Petseri_perekonnanimede_kartoteek, lk 2
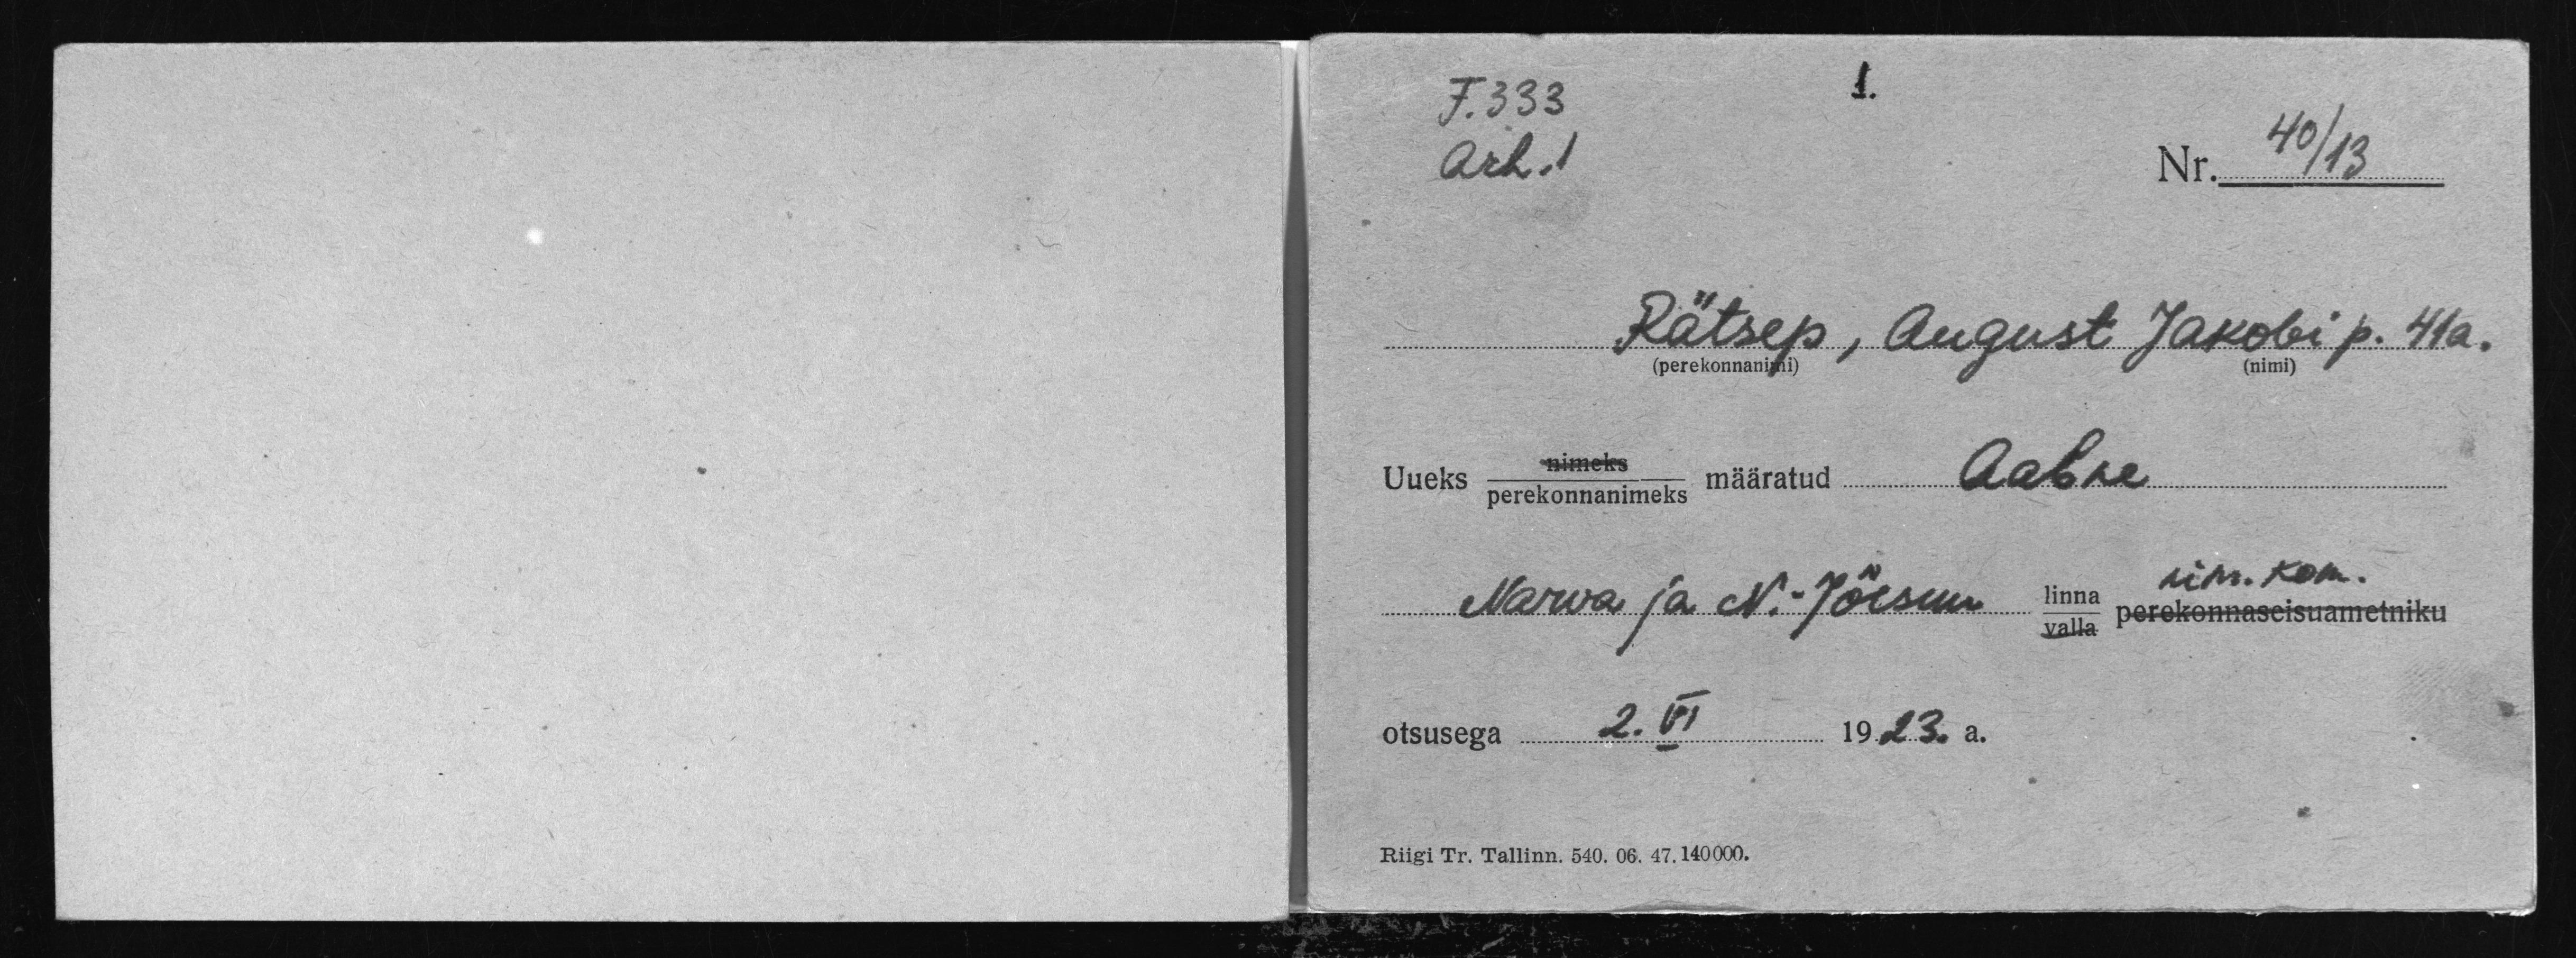
F.333
40/13
Arh.1
Nr.
Rätsep, August Jakobi p. 41a.
Uueks nimeks määratud Aabre
nim. kom.
Narva ja N.-Jõesuu linna
valla perekonnaseisuametniku
otsusega 2. VI 1923. a.
Riigi Tr. Tallinn. 540. 06. 47. 140000.